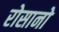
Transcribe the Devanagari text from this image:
रोसानो